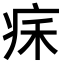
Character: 𤵥